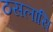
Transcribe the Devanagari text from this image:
ठसलासि